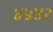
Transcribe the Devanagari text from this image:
४५४२